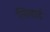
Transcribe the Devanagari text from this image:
लिनार्ड